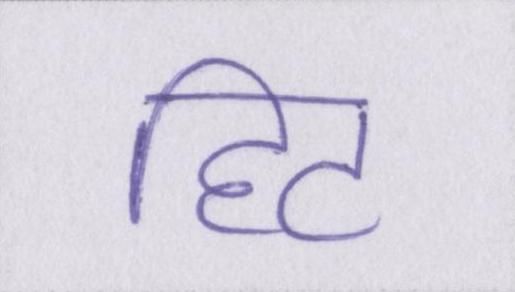
हिट